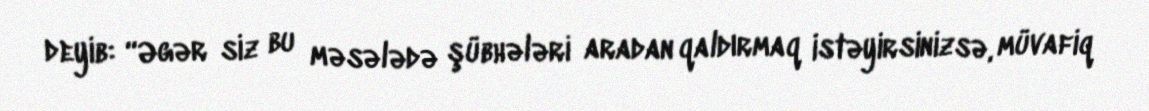
deyib: “Əgər siz bu məsələdə şübhələri aradan qaldırmaq istəyirsinizsə, müvafiq